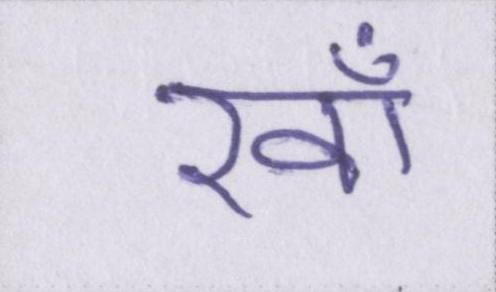
रवाँ